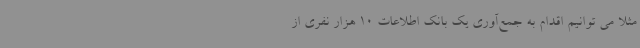
مثلاً می توانیم اقدام به جمع‌آوری یک بانک اطلاعات 10 هزار نفری از